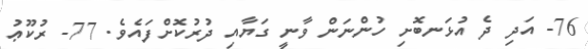
76- އަދި ދެ އުޅަނބޮށި ހުންނަން ވާނީ ގަޔާއި ދުރުކޮށްފައެވެ. 77- ރުކޫޢު